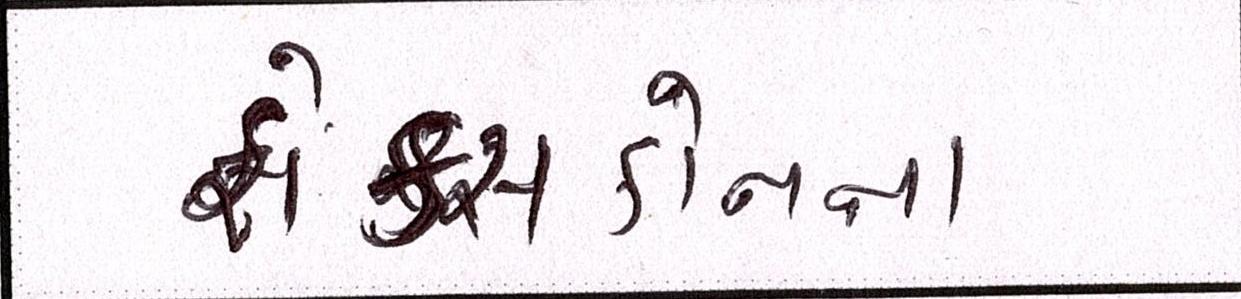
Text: ફોક્સકોનના